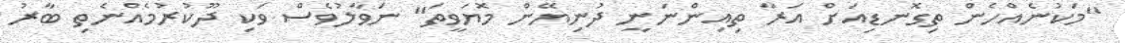
"މަކުނެއްހެން ތިގޮނޑިއަށް އަރާ ތިއިންނަނީ ދުނިޔޭން މޮޔަވީތަ" ނަވާލުވެސް ވަކި ދޫކުރުމެއްނެތި ބާރު